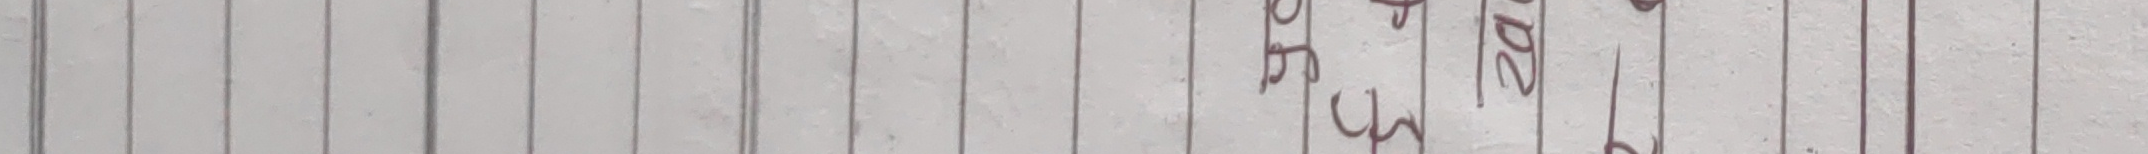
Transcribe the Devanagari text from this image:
०२७८